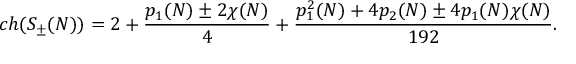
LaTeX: c h ( S _ { \pm } ( N ) ) = 2 + { \frac { p _ { 1 } ( N ) \pm 2 \chi ( N ) } { 4 } } + { \frac { p _ { 1 } ^ { 2 } ( N ) + 4 p _ { 2 } ( N ) \pm 4 p _ { 1 } ( N ) \chi ( N ) } { 1 9 2 } } .